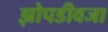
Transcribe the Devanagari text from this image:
झोपडीवजा